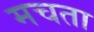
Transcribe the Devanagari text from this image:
मचता